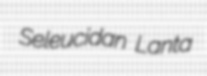
Seleucidan Lanta